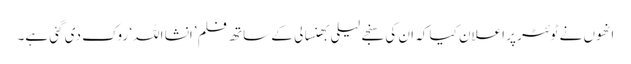
انھوں نے ٹوئٹر پر اعلان کیا کہ ان کی سنجے لیلی بھنسالی کے ساتھ فلم ’انشا اللہ‘ روک دی گئی ہے۔